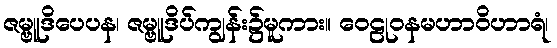
ဇမ္ဗူဒိပေပန၊ ဇမ္ဗူဒိပ်ကျွန်း၌မူကား။ ဝေဠုဝနမဟာဝိဟာရံ၊